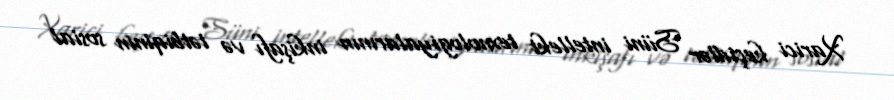
Xarici keçidlər Süni intellekt texnologiyalarının inkişafı və tətbiqinin sosial